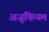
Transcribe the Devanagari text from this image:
अजुकियम